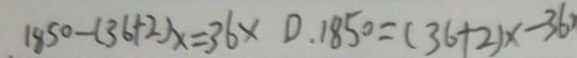
1 8 5 0 - ( 3 6 + 2 ) x = 3 6 \times 0 . 1 8 5 0 = ( 3 6 + 2 ) \times - 3 6